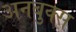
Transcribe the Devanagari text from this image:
अनबुक्स